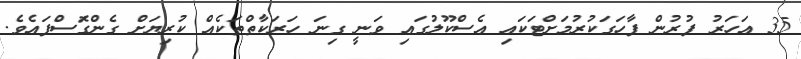
35 އަހަރު ފުރުން ފާހަގަކުރުމަށްޓަކައި އެެެސްކޫލުގައި ވަނީ ގިނަ ހަރަކާތްތަކެއް ކުރިޔަށް ގެންގޮަސްފައެވެ.